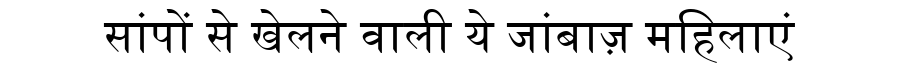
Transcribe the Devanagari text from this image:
सांपों से खेलने वाली ये जांबाज़ महिलाएं